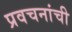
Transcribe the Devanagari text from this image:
प्रवचनांची